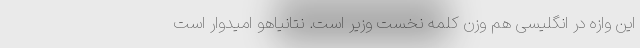
این وازه در انگلیسی هم وزن کلمه نخست وزیر است. نتانیاهو امیدوار است